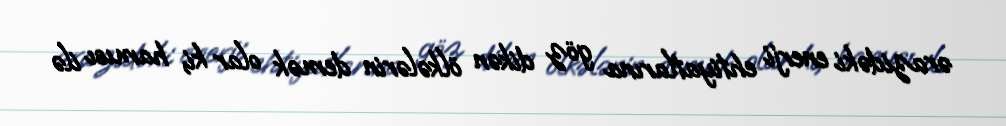
ərazidəki enerji ehtiyatlarına göz dikən ölkələrin demək olar ki, hamısı ilə